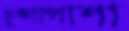
চুঙ্গাপাশা